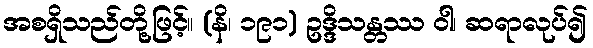
အစရှိသည်တို့ဖြင့်။ (နိ၊ ၁၉၁) ဥဒ္ဒိသန္တဿ ဝါ၊ ဆရာလုပ်၍